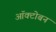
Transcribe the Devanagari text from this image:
ऑक्टोबन